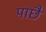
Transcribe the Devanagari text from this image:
पाछै